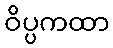
ဝိပ္ပကထာ